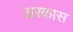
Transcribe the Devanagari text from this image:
अरकास